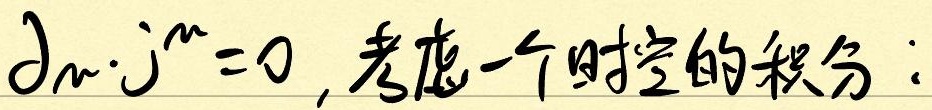
$\partial_{\mu} j^{\mu} = 0$, 考虑一个时空的积分：